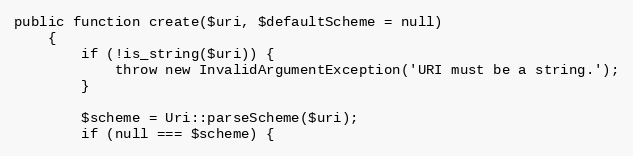
Language: PHP
public function create($uri, $defaultScheme = null)
    {
        if (!is_string($uri)) {
            throw new InvalidArgumentException('URI must be a string.');
        }

        $scheme = Uri::parseScheme($uri);
        if (null === $scheme) {